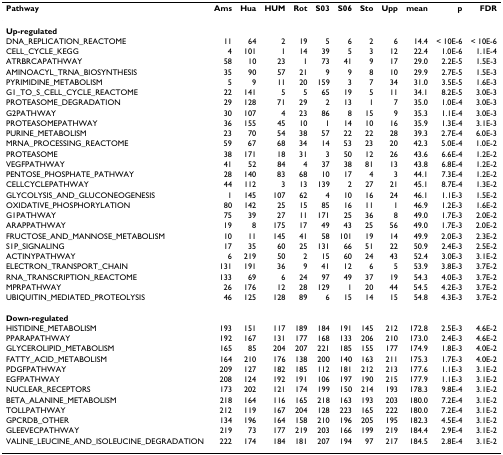
<table><thead><tr><td><b>Pathway</b></td><td><b>Ams</b></td><td><b>Hua</b></td><td><b>HUM</b></td><td><b>Rot</b></td><td><b>S03</b></td><td><b>S06</b></td><td><b>Sto</b></td><td><b>Upp</b></td><td><b>mean</b></td><td><b>p</b></td><td><b>FDR</b></td></tr></thead><tbody><tr><td><b>Up-regulated</b></td><td></td><td></td><td></td><td></td><td></td><td></td><td></td><td></td><td></td><td></td><td></td></tr><tr><td>DNA_REPLICATION_REACTOME</td><td>11</td><td>64</td><td>2</td><td>19</td><td>5</td><td>6</td><td>2</td><td>6</td><td>14.4</td><td>&lt; 10E-6</td><td>&lt; 10E-6</td></tr><tr><td>CELL_CYCLE_KEGG</td><td>4</td><td>101</td><td>1</td><td>14</td><td>39</td><td>5</td><td>3</td><td>12</td><td>22.4</td><td>1.0E-6</td><td>1.1E-4</td></tr><tr><td>ATRBRCAPATHWAY</td><td>58</td><td>10</td><td>23</td><td>1</td><td>73</td><td>41</td><td>9</td><td>17</td><td>29.0</td><td>2.2E-5</td><td>1.5E-3</td></tr><tr><td>AMINOACYL_TRNA_BIOSYNTHESIS</td><td>35</td><td>90</td><td>57</td><td>21</td><td>9</td><td>9</td><td>8</td><td>10</td><td>29.9</td><td>2.7E-5</td><td>1.5E-3</td></tr><tr><td>PYRIMIDINE_METABOLISM</td><td>5</td><td>9</td><td>11</td><td>20</td><td>159</td><td>3</td><td>7</td><td>34</td><td>31.0</td><td>3.5E-5</td><td>1.6E-3</td></tr><tr><td>G1_TO_S_CELL_CYCLE_REACTOME</td><td>22</td><td>141</td><td>5</td><td>5</td><td>65</td><td>19</td><td>5</td><td>11</td><td>34.1</td><td>8.2E-5</td><td>3.0E-3</td></tr><tr><td>PROTEASOME_DEGRADATION</td><td>29</td><td>128</td><td>71</td><td>29</td><td>2</td><td>13</td><td>1</td><td>7</td><td>35.0</td><td>1.0E-4</td><td>3.0E-3</td></tr><tr><td>G2PATHWAY</td><td>30</td><td>107</td><td>4</td><td>23</td><td>86</td><td>8</td><td>15</td><td>9</td><td>35.3</td><td>1.1E-4</td><td>3.0E-3</td></tr><tr><td>PROTEASOMEPATHWAY</td><td>36</td><td>155</td><td>45</td><td>10</td><td>1</td><td>14</td><td>10</td><td>16</td><td>35.9</td><td>1.3E-4</td><td>3.1E-3</td></tr><tr><td>PURINE_METABOLISM</td><td>23</td><td>70</td><td>54</td><td>38</td><td>57</td><td>22</td><td>22</td><td>28</td><td>39.3</td><td>2.7E-4</td><td>6.0E-3</td></tr><tr><td>MRNA_PROCESSING_REACTOME</td><td>59</td><td>67</td><td>68</td><td>34</td><td>14</td><td>53</td><td>23</td><td>20</td><td>42.3</td><td>5.0E-4</td><td>1.0E-2</td></tr><tr><td>PROTEASOME</td><td>38</td><td>171</td><td>18</td><td>31</td><td>3</td><td>50</td><td>12</td><td>26</td><td>43.6</td><td>6.6E-4</td><td>1.2E-2</td></tr><tr><td>VEGFPATHWAY</td><td>41</td><td>52</td><td>84</td><td>4</td><td>37</td><td>38</td><td>81</td><td>13</td><td>43.8</td><td>6.8E-4</td><td>1.2E-2</td></tr><tr><td>PENTOSE_PHOSPHATE_PATHWAY</td><td>28</td><td>140</td><td>83</td><td>68</td><td>10</td><td>17</td><td>4</td><td>3</td><td>44.1</td><td>7.3E-4</td><td>1.2E-2</td></tr><tr><td>CELLCYCLEPATHWAY</td><td>44</td><td>112</td><td>3</td><td>13</td><td>139</td><td>2</td><td>27</td><td>21</td><td>45.1</td><td>8.7E-4</td><td>1.3E-2</td></tr><tr><td>GLYCOLYSIS_AND_GLUCONEOGENESIS</td><td>1</td><td>145</td><td>107</td><td>62</td><td>4</td><td>10</td><td>16</td><td>24</td><td>46.1</td><td>1.1E-3</td><td>1.5E-2</td></tr><tr><td>OXIDATIVE_PHOSPHORYLATION</td><td>80</td><td>142</td><td>25</td><td>15</td><td>85</td><td>16</td><td>11</td><td>1</td><td>46.9</td><td>1.2E-3</td><td>1.6E-2</td></tr><tr><td>G1PATHWAY</td><td>75</td><td>39</td><td>27</td><td>11</td><td>171</td><td>25</td><td>36</td><td>8</td><td>49.0</td><td>1.7E-3</td><td>2.0E-2</td></tr><tr><td>ARAPPATHWAY</td><td>19</td><td>8</td><td>175</td><td>17</td><td>49</td><td>43</td><td>25</td><td>56</td><td>49.0</td><td>1.7E-3</td><td>2.0E-2</td></tr><tr><td>FRUCTOSE_AND_MANNOSE_METABOLISM</td><td>10</td><td>11</td><td>145</td><td>41</td><td>58</td><td>101</td><td>19</td><td>14</td><td>49.9</td><td>2.0E-3</td><td>2.3E-2</td></tr><tr><td>S1P_SIGNALING</td><td>17</td><td>35</td><td>60</td><td>25</td><td>131</td><td>66</td><td>51</td><td>22</td><td>50.9</td><td>2.4E-3</td><td>2.5E-2</td></tr><tr><td>ACTINYPATHWAY</td><td>6</td><td>219</td><td>50</td><td>2</td><td>15</td><td>60</td><td>24</td><td>43</td><td>52.4</td><td>3.0E-3</td><td>3.1E-2</td></tr><tr><td>ELECTRON_TRANSPORT_CHAIN</td><td>131</td><td>191</td><td>36</td><td>9</td><td>41</td><td>12</td><td>6</td><td>5</td><td>53.9</td><td>3.8E-3</td><td>3.7E-2</td></tr><tr><td>RNA_TRANSCRIPTION_REACTOME</td><td>133</td><td>69</td><td>6</td><td>24</td><td>97</td><td>49</td><td>37</td><td>19</td><td>54.3</td><td>4.0E-3</td><td>3.7E-2</td></tr><tr><td>MPRPATHWAY</td><td>26</td><td>176</td><td>12</td><td>28</td><td>129</td><td>1</td><td>20</td><td>44</td><td>54.5</td><td>4.2E-3</td><td>3.7E-2</td></tr><tr><td>UBIQUITIN_MEDIATED_PROTEOLYSIS</td><td>46</td><td>125</td><td>128</td><td>89</td><td>6</td><td>15</td><td>14</td><td>15</td><td>54.8</td><td>4.3E-3</td><td>3.7E-2</td></tr><tr><td><b>Down-regulated</b></td><td></td><td></td><td></td><td></td><td></td><td></td><td></td><td></td><td></td><td></td><td></td></tr><tr><td>HISTIDINE_METABOLISM</td><td>193</td><td>151</td><td>117</td><td>189</td><td>184</td><td>191</td><td>145</td><td>212</td><td>172.8</td><td>2.5E-3</td><td>4.6E-2</td></tr><tr><td>PPARAPATHWAY</td><td>192</td><td>167</td><td>131</td><td>177</td><td>168</td><td>133</td><td>206</td><td>210</td><td>173.0</td><td>2.4E-3</td><td>4.6E-2</td></tr><tr><td>GLYCEROLIPID_METABOLISM</td><td>165</td><td>85</td><td>204</td><td>207</td><td>221</td><td>185</td><td>155</td><td>177</td><td>174.9</td><td>1.8E-3</td><td>4.0E-2</td></tr><tr><td>FATTY_ACID_METABOLISM</td><td>164</td><td>210</td><td>176</td><td>138</td><td>200</td><td>140</td><td>163</td><td>211</td><td>175.3</td><td>1.7E-3</td><td>4.0E-2</td></tr><tr><td>PDGFPATHWAY</td><td>209</td><td>127</td><td>182</td><td>185</td><td>112</td><td>181</td><td>212</td><td>213</td><td>177.6</td><td>1.1E-3</td><td>3.1E-2</td></tr><tr><td>EGFPATHWAY</td><td>208</td><td>124</td><td>192</td><td>191</td><td>106</td><td>197</td><td>190</td><td>215</td><td>177.9</td><td>1.1E-3</td><td>3.1E-2</td></tr><tr><td>NUCLEAR_RECEPTORS</td><td>173</td><td>202</td><td>121</td><td>174</td><td>199</td><td>150</td><td>214</td><td>193</td><td>178.3</td><td>9.8E-4</td><td>3.1E-2</td></tr><tr><td>BETA_ALANINE_METABOLISM</td><td>218</td><td>164</td><td>116</td><td>165</td><td>218</td><td>163</td><td>193</td><td>203</td><td>180.0</td><td>7.2E-4</td><td>3.1E-2</td></tr><tr><td>TOLLPATHWAY</td><td>212</td><td>119</td><td>167</td><td>204</td><td>128</td><td>223</td><td>165</td><td>222</td><td>180.0</td><td>7.2E-4</td><td>3.1E-2</td></tr><tr><td>GPCRDB_OTHER</td><td>134</td><td>196</td><td>164</td><td>158</td><td>210</td><td>196</td><td>205</td><td>195</td><td>182.3</td><td>4.5E-4</td><td>3.1E-2</td></tr><tr><td>GLEEVECPATHWAY</td><td>219</td><td>73</td><td>177</td><td>219</td><td>203</td><td>166</td><td>199</td><td>219</td><td>184.4</td><td>2.9E-4</td><td>3.1E-2</td></tr><tr><td>VALINE_LEUCINE_AND_ISOLEUCINE_DEGRADATION</td><td>222</td><td>174</td><td>184</td><td>181</td><td>207</td><td>194</td><td>97</td><td>217</td><td>184.5</td><td>2.8E-4</td><td>3.1E-2</td></tr></tbody></table>